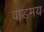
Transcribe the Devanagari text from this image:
वाड़मय